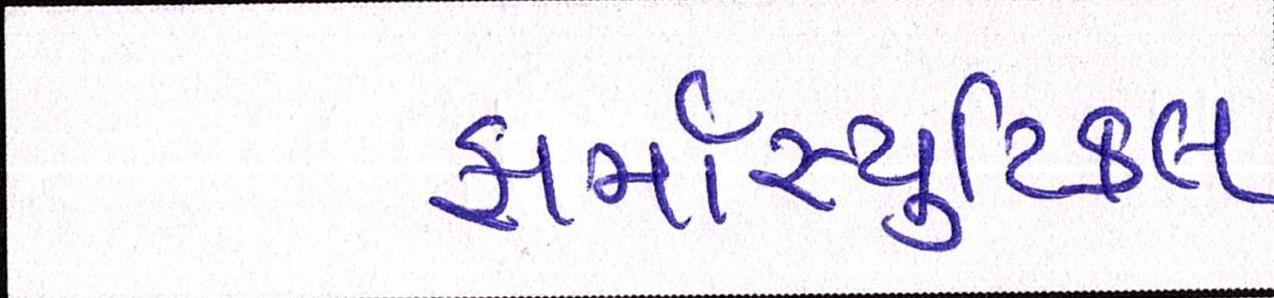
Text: ફાર્માસ્યુટિકલ